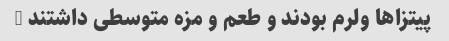
پیتزاها ولرم بودند و طعم و مزه متوسطی داشتند …